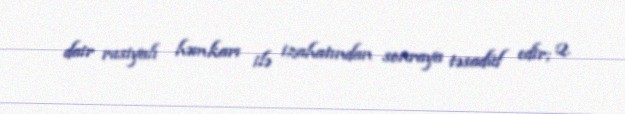
dair rusiyalı həmkarı ilə izahatından sonraya təsadüf edir; 2.